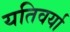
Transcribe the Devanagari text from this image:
यतिवर्या